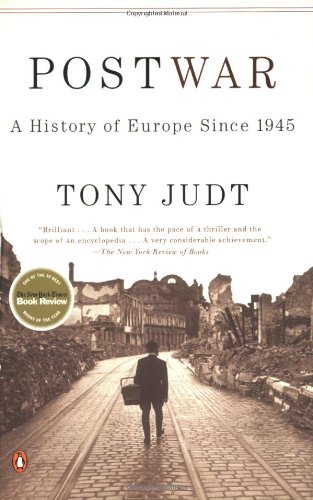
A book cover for Postwar: A History of Europe Since 1945; Tony Judt; History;